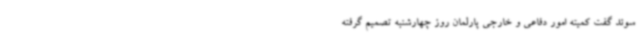
سوئد گفت کمیته امور دفاعی و خارجی پارلمان روز چهارشنبه تصمیم گرفته